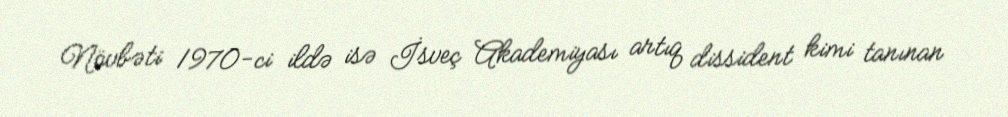
Növbəti 1970-ci ildə isə İsveç Akademiyası artıq dissident kimi tanınan